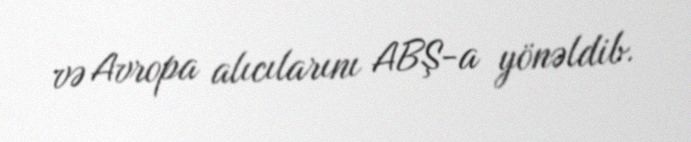
və Avropa alıcılarını ABŞ-a yönəldib.